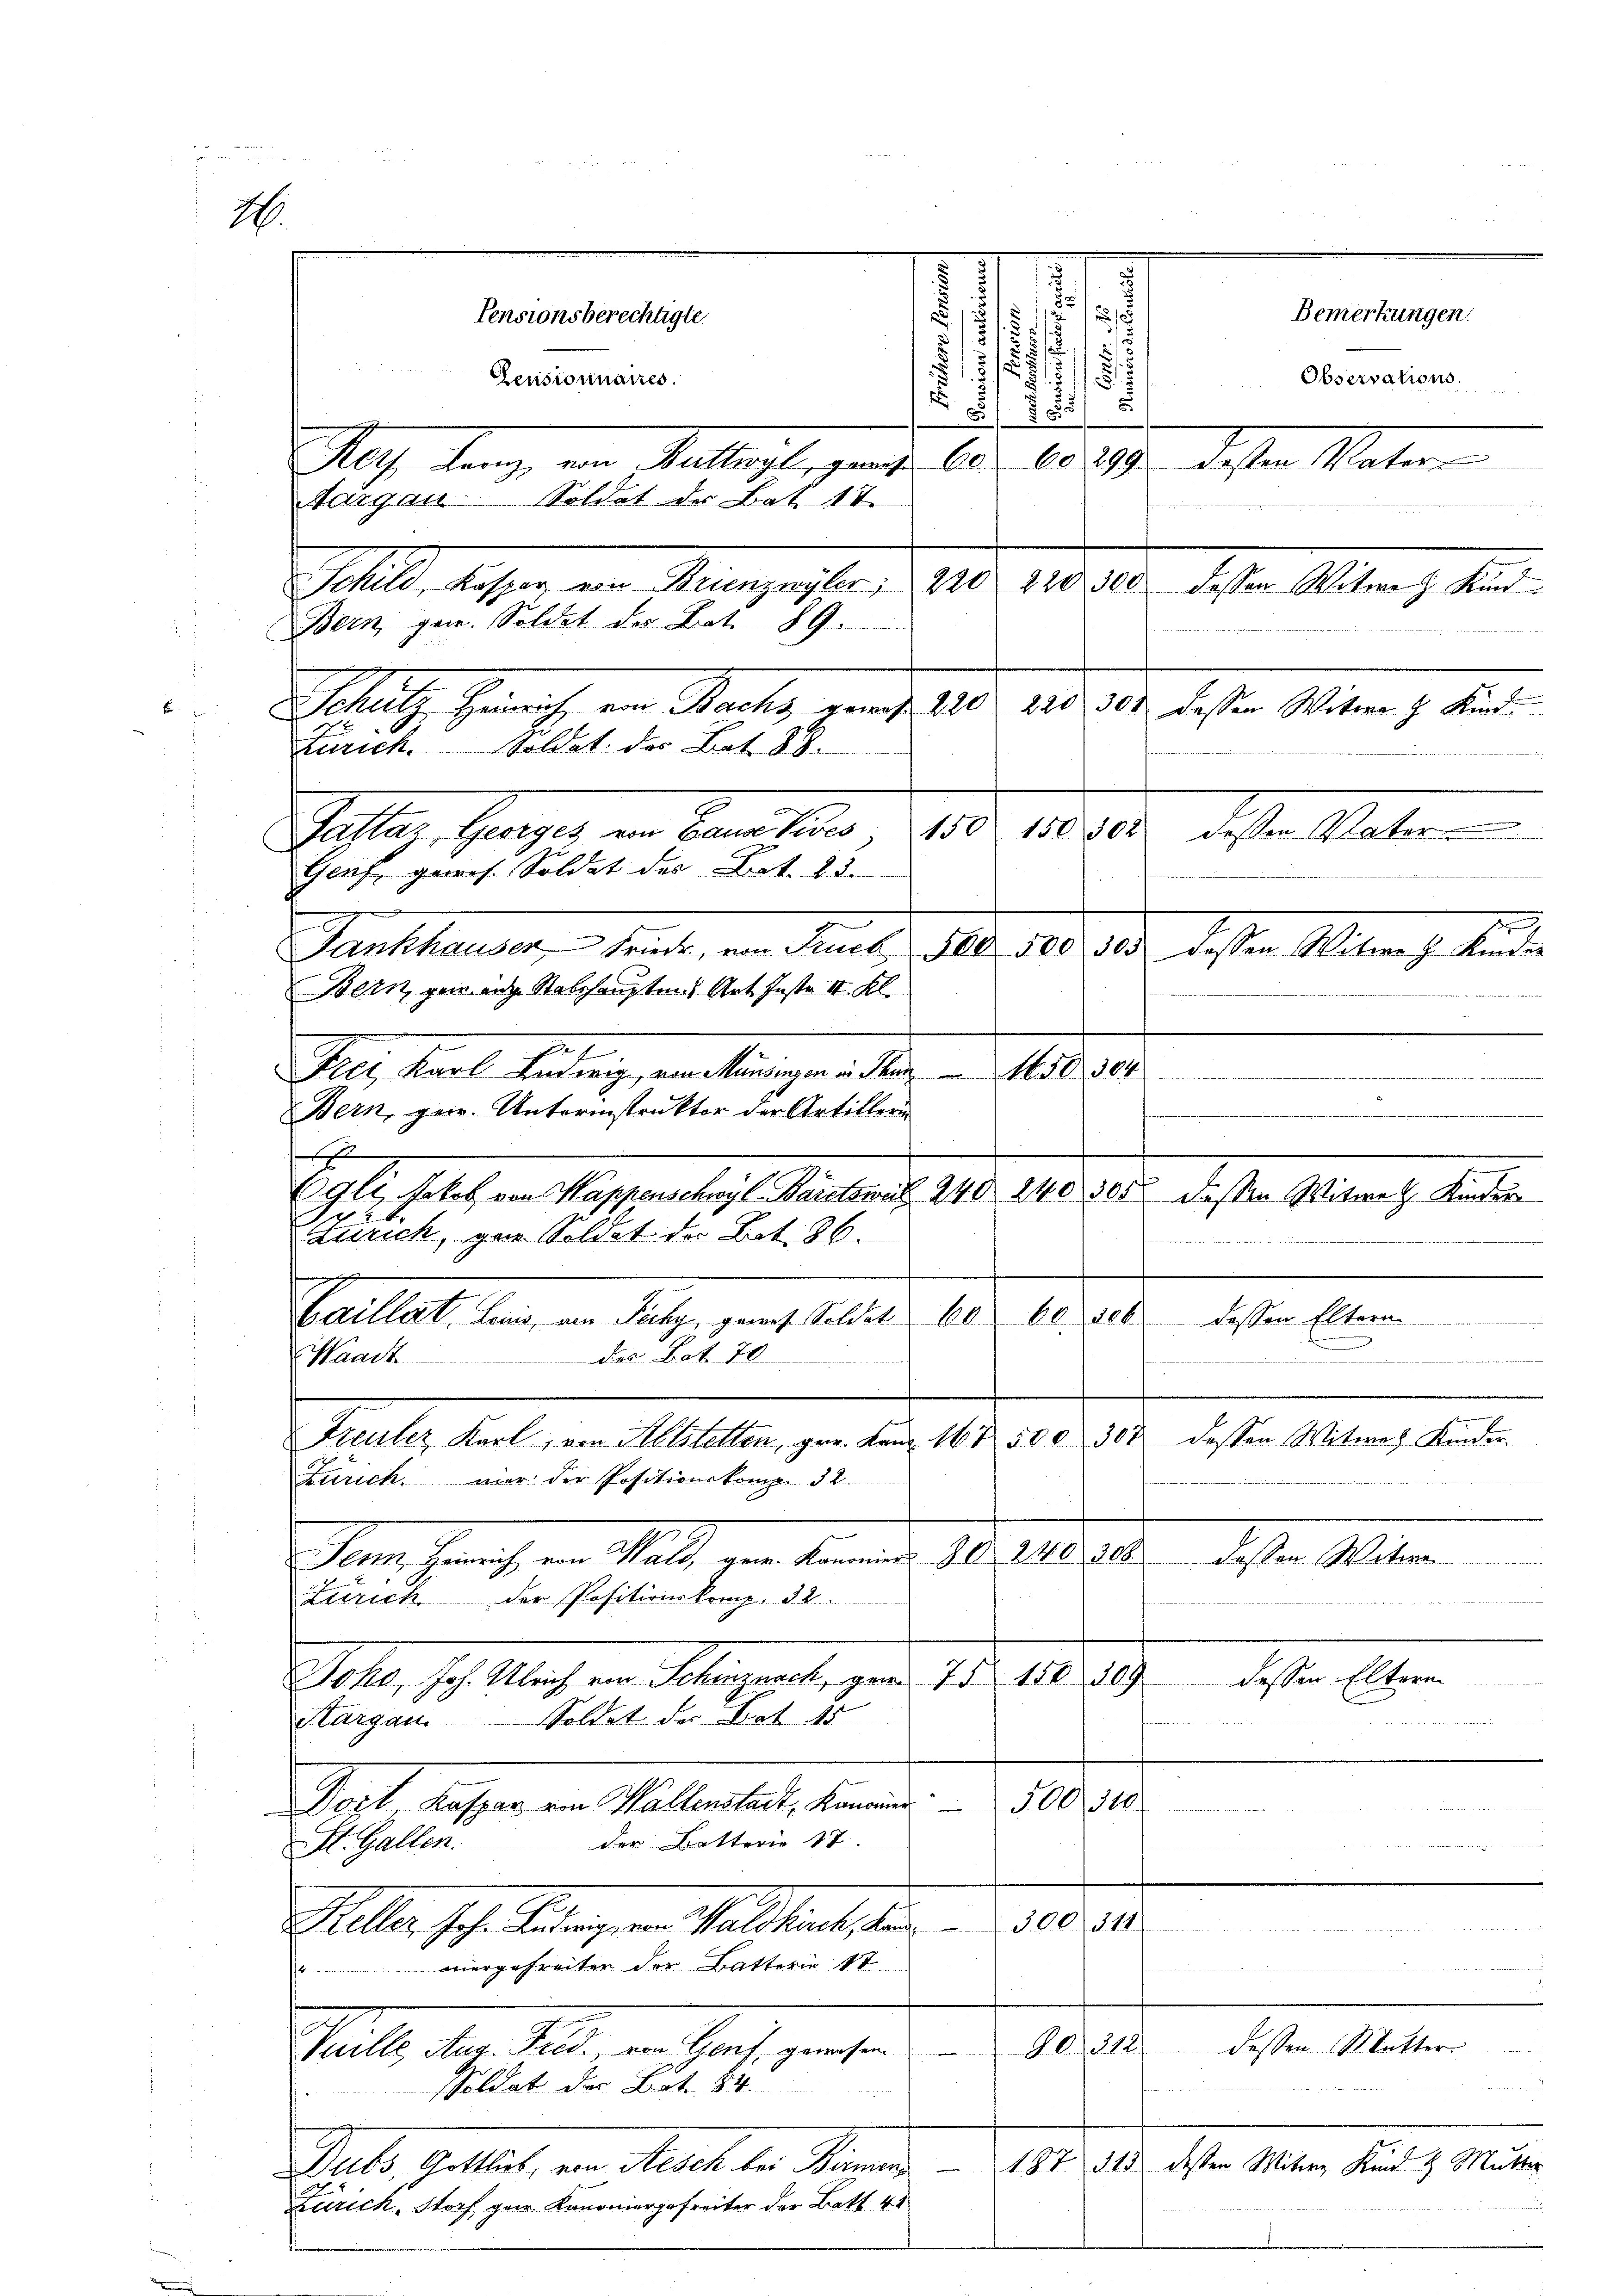
s
Egli, Jakob von Kappenschwyl Bäretswil 240 240 305. dessen Witwe Kinder
Zürich, gar Soldat der Art. 86.
s
Caillat, Lauis, von Zichy, genes Soldat 60. 60 geb
des Bat. 70
Marck.
Freuler Karl, von Altstelten, gr. Kanz. 167 500. 307 dessen Witwe Kinder.
Zürich. mir der Positionskomp. § 2.
dem Gericht ein Stall von kennen, 10. d. d.
Zürich der Positionsken, d. 2.
Ihr, ich Nach in Seligent, und 15. 1810. 19.
Soldet der Art. 15
Kargau
Dort Kaspar von Wallenstadt, kann 500. 310
der Betterie 17
St. Gallen.
Piller Joh. Solangen Salamatister . . 100. 4
mergefreiten der Battern St
90. 312. dessen Mutter
Stelle des Peten, aus heit gewesen
Soldat der Bot 84
Seb. Wallis, von Meck der Kamer 1814. d. Mts. 18ten den 9. Mater
Zürich, Storf gar. Kanoniergefreiter der Bett. 41

4.

Pensionnaires.
Mts. dann, von Melligt, ganze Co
Aargau Soldet der Bat. 17.
Sollte dessen, an Mangester d. 210. die der
Bern gen. Soldet der Bat. 89.

1
3
¬
.
.
.
Pensionsberechtigte.
s
.
d
.
1
5
5
u

15 189. dessen Mater
u
deser Mitrag
Schutz, Gerich, von Partig genug. 140. 1810. 19. deser Seiten in den
Zürich. Soldat des Bat. 88.
Sahlig, Grazer in Bemittler, 108. 18 10 desse Rate
Genf, gewes. Soldat des Bat. 23.
Sanstanden seine, in dement. 100. 10. der besten Mitnach beide
Bern gern ange Stabshaupten Art. Instr. II. Kl.
e
Per Mal hindung, verlangen der an diese
Bern, gew. Unterinstruktor der Artilleri

seder vorher verweiten der

dessen Eltern
J
deßen Matern

dessen Eltern

d

Bemerkungen.
Observations.